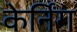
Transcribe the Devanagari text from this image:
केर्निंग